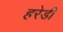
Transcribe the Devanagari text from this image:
हरेडी